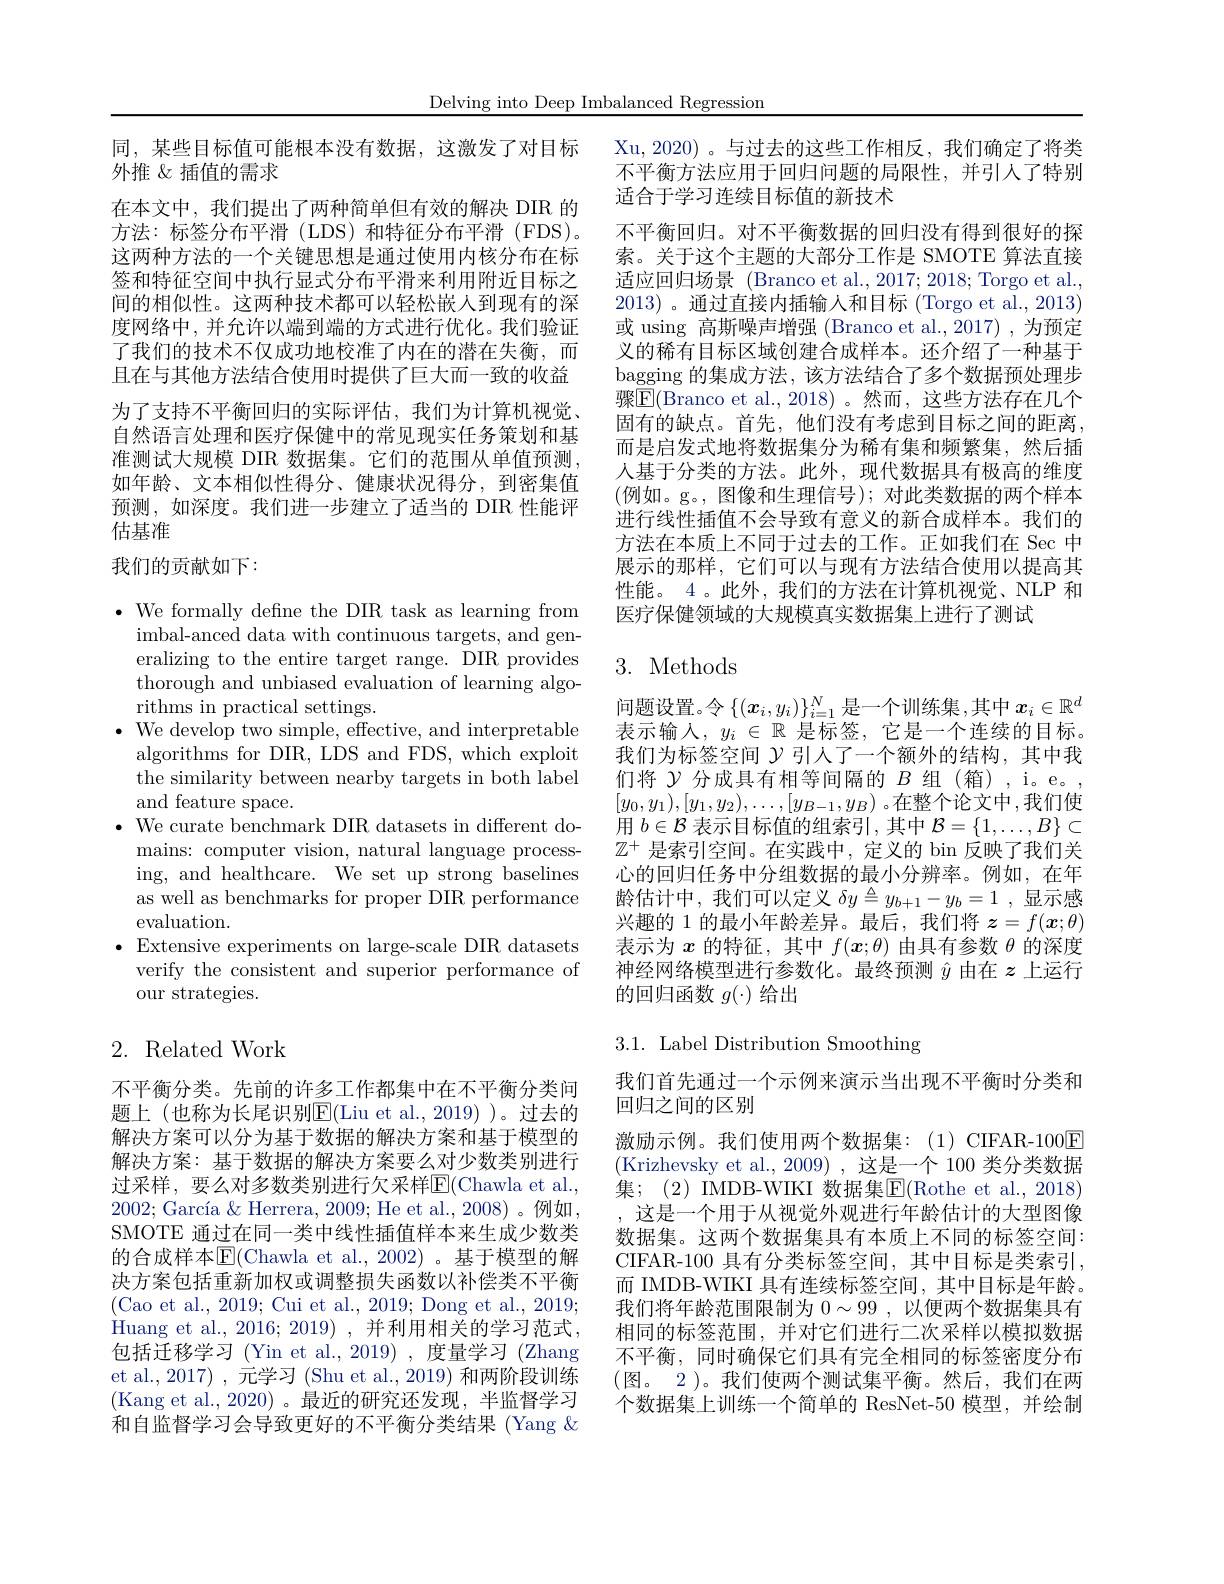
Delving into Deep Imbalanced Regression

同，某些目标值可能根本没有数据，这激发了对目标
外推《插值的需求
在本文中，我们提出了两种简单但有效的解决 DIR 的方法：标签分布平滑(LDS)和特征分布平滑(FDS)。这两种方法的一个关键思想是通过使用内核分布在标签和特征空间中执行显式分布平滑来利用附近目标之间的相似性。这两种技术都可以轻松嵌人到现有的深度网络中，并允许以端到端的方式进行优化。我们验证了我们的技术不仅成功地校准了内在的潜在失衡，而且在与其他方法结合使用时提供了巨大而一致的收益为了支持不平衡回归的实际评估，我们为计算机视觉， 自然语言处理和医疗保健中的常见现实任务策划和基准测试大规模 DIR 数据集。它们的范围从单值预测如年龄、文本相似性得分、健康状况得分，到密集值预测，如深度。我们进一步建立了适当的 DIR 性能评估基准

## 我们的贡献如下：

$\bullet$ We formally define the DIR task as learning from
imbal-anced data with continuous targets, and generalizing to the entire target range. DIR provides thorough and unbiased evaluation of learning algorithms in practical settings.
$\bullet$ We develop two simple, effective, and interpretable
algorithms for DIR, LDS and FDS, which exploit the similarity between nearby targets in both label and feature space.
$\bullet$ We curate benchmark DIR datasets in different do-
mains: computer vision, natural language processing, and healthcare. We set up strong baselines as well as benchmarks for proper DIR performance evaluation.
$\bullet$ Extensive experiments on large-scale DIR datasets
verify the consistent and superior performance of
our strategies.

## 2. Related Work

不平衡分类。先前的许多工作都集中在不平衡分类问题上 (也称为长尾识别$\underline{\mathrm{E}}($Liu et al.,2019))。过去的解决方案可以分为基于数据的解决方案和基于模型的解决方案：基于数据的解决方案要么对少数类别进行过采样，要么对多数类别进行欠采样E$( Chawla et al. $, $2002; \text{ Garc\' {ı }a}\&$ Herrera, 2009; He et al., 2008)。例如， SMOTE 通过在同一类中线性插值样本来生成少数类的合成样本E(Chawla et al., 2002)。基于模型的解决方案包括重新加权或调整损失函数以补偿类不平衡(Cao et al., 2019; Cui et al., 2019; Dong et al., 2019; Huang et al. , 2016; 2019) , 并利用相关的学习范式， 包括迁移学习 (Yin et al.,2019) ,度量学习 (Zhang et al., 2017) , 元学习 (Shu et al., 2019) 和两阶段训练(Kang et al.,2020)。最近的研究还发现，半监督学习和自监督学习会导致更好的不平衡分类结果(Yang $\&$

Xu,2020)。与过去的这些工作相反，我们确定了将类不平衡方法应用于回归问题的局限性，并引人了特别适合于学习连续目标值的新技术
不平衡回归。对不平衡数据的回归没有得到很好的探索。关于这个主题的大部分工作是 SMOTE 算法直接适应回归场景 (Branco et al., 2017; 2018; Torgo et al., 2013)。通过直接内插输入和目标(Torgo et al., 2013) 或 using 高斯噪声增强 (Branco et al.,2017) ,为预定义的稀有目标区域创建合成样本。还介绍了一种基于bagging 的集成方法，该方法结合了多个数据预处理步骤$\boxed{\mathrm{F}}($Branco et al.,2018)。然而，这些方法存在几个固有的缺点。首先，他们没有考虑到目标之间的距离， 而是启发式地将数据集分为稀有集和频繁集，然后插人基于分类的方法。此外，现代数据具有极高的维度(例如。g。,图像和生理信号);对此类数据的两个样本进行线性插值不会导致有意义的新合成样本。我们的方法在本质上不同于过去的工作。正如我们在 Sec 中展示的那样，它们可以与现有方法结合使用以提高其性能。4 。此外，我们的方法在计算机视觉、NLP 和医疗保健领域的大规模真实数据集上进行了测试

# 3. Methods

问题设置。令$\left\{(x_i,y_i)\right\}_i=1^N$是一个训练集，其中 $x_i\in\mathbb{R}^d$ 表示输入，$y_i\in\mathbb{R}$是标签，它是一个连续的目标。我们为标签空间$\mathcal{Y}$引人了一个额外的结构，其中我们将$\mathcal{Y}$分成具有相等间隔的$B$组 (箱),i。e。, $[y_0,y_1),[y_1,y_2),\ldots,[y_{B-1},y_B)$ 。在整个论文中，我们使用$b\in\mathcal{B}$表示目标值的组索引，其中$\mathcal{B}=\{1,\ldots,B\}\subset$ $\mathbb{Z}^+$是索引空间。在实践中，定义的 bin 反映了我们关心的回归任务中分组数据的最小分辨率。例如，在年龄估计中，我们可以定义$\delta y\triangleq y_{b+1}-y_b=1$ ,显示感兴趣的 1 的最小年龄差异。最后，我们将$\boldsymbol z=f(\boldsymbol{x};\theta)$ 表示为$x$的特征，其中$f(x;\theta)$由具有参数$\theta$的深度神经网络模型进行参数化。最终预测$\hat{y}$由在$z$上运行的回归函数$g(\cdot)$给出

## 3.1. Label Distribution Smoothing

我们首先通过一个示例来演示当出现不平衡时分类和
回归之间的区别
激励示例。我们使用两个数据集：(1)CIFAR-100$\boxed{\mathrm{E}}$ (Krizhevsky et al.,2009) ,这是一个 100 类分类数据集；(2) IMDB-WIKI 数据集$\boxed{\mathrm{F}}($Rothe et al., 2018) , 这是一个用于从视觉外观进行年龄估计的大型图像数据集。这两个数据集具有本质上不同的标签空间： CIFAR-100 具有分类标签空间，其中目标是类索引， 而 IMDB-WIKI 具有连续标签空间，其中目标是年龄。我们将年龄范围限制为$0\sim99$,以便两个数据集具有相同的标签范围，并对它们进行二次采样以模拟数据不平衡，同时确保它们具有完全相同的标签密度分布$( 图 $。$2) 。我 们 使 两 个 测 试 集 平 衡 。然 后 , 我 们 在 两$ 个数据集上训练一个简单的 ResNet-50 模型，并绘制